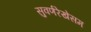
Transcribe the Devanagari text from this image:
सुवर्णरेखेसम